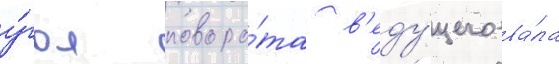
у́гол поворо́та в'еду́щего ва́ла